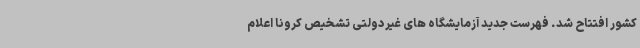
کشور افتتاح شد. فهرست جدید آزمایشگاه های غیردولتی تشخیص کرونا اعلام